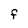
Character: F